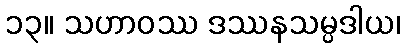
၁၃။ သဟာဝဿ ဒဿနသမ္ပဒါယ၊